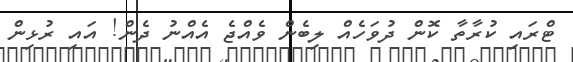
ޓްރައި ކުރާތާ ކޮން ދުވަހެއް ލިބެން ވެއްޖެ އެއްނު ދެން! އައި ރުޅިން